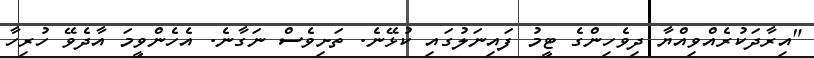
"އިރާދަކުރެއްވިއްޔާ ދިވެހިންގެ ޓީމު ފައިނަލުގައި ކުޅޭނެ. ތަށިވެސް ނަގާނެ. އެހެންވީމަ އާދެވޭ ހުރިހާ